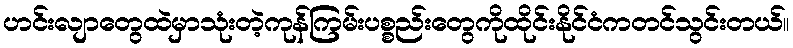
ဟင်းလျာတွေထဲမှာသုံးတဲ့ကုန်ကြမ်းပစ္စည်းတွေကိုထိုင်းနိုင်ငံကတင်သွင်းတယ်။